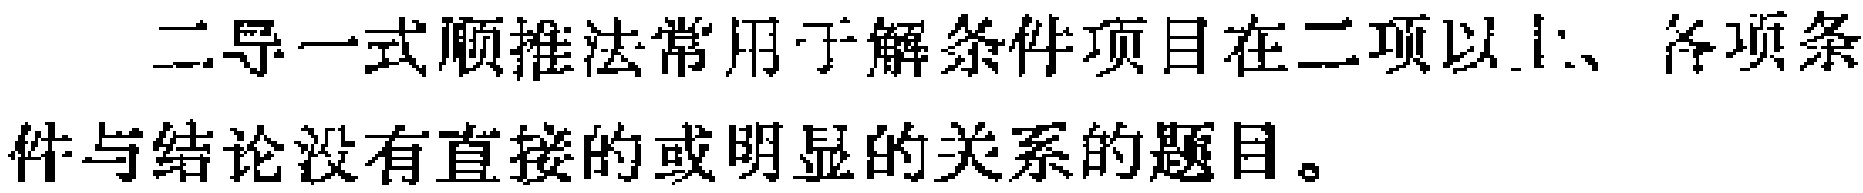
二导一式顺推法常用于解条件项目在二项以上、各项条件与结论没有直接的或明显的关系的题目。